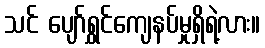
သင် ပျော်ရွှင်ကျေနပ်မှုရှိရဲ့လား။